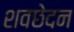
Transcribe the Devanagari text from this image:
शवछेदन